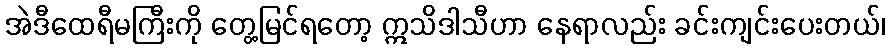
အဲဒီထေရီမကြီးကို တွေ့မြင်ရတော့ ဣသိဒါသီဟာ နေရာလည်း ခင်းကျင်းပေးတယ်၊